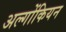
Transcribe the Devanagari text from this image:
अल्गोंकियन